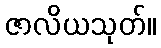
ဇာလိယသုတ်။